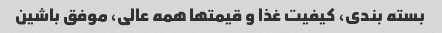
بسته بندی، کیفیت غذا و قیمتها همه عالی، موفق باشین